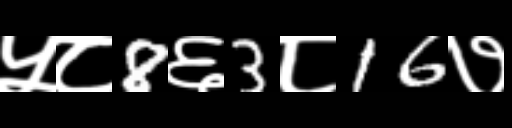
Text: ५८8६3८16७